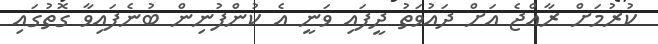
ކުރުމަށް ރާއްޖެ އަށް ދައުވަތު ދީފައި ވަނީ އެ ކުންފުނިން ބުނެފައިވާ ގޮތުގައި